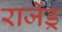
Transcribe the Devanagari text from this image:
राजेंड्र